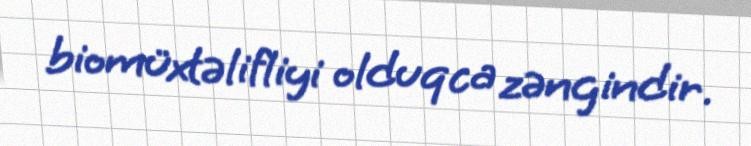
biomüxtəlifliyi olduqca zəngindir.